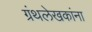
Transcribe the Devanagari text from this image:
ग्रंथलेखकांना